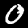
Digit: 0